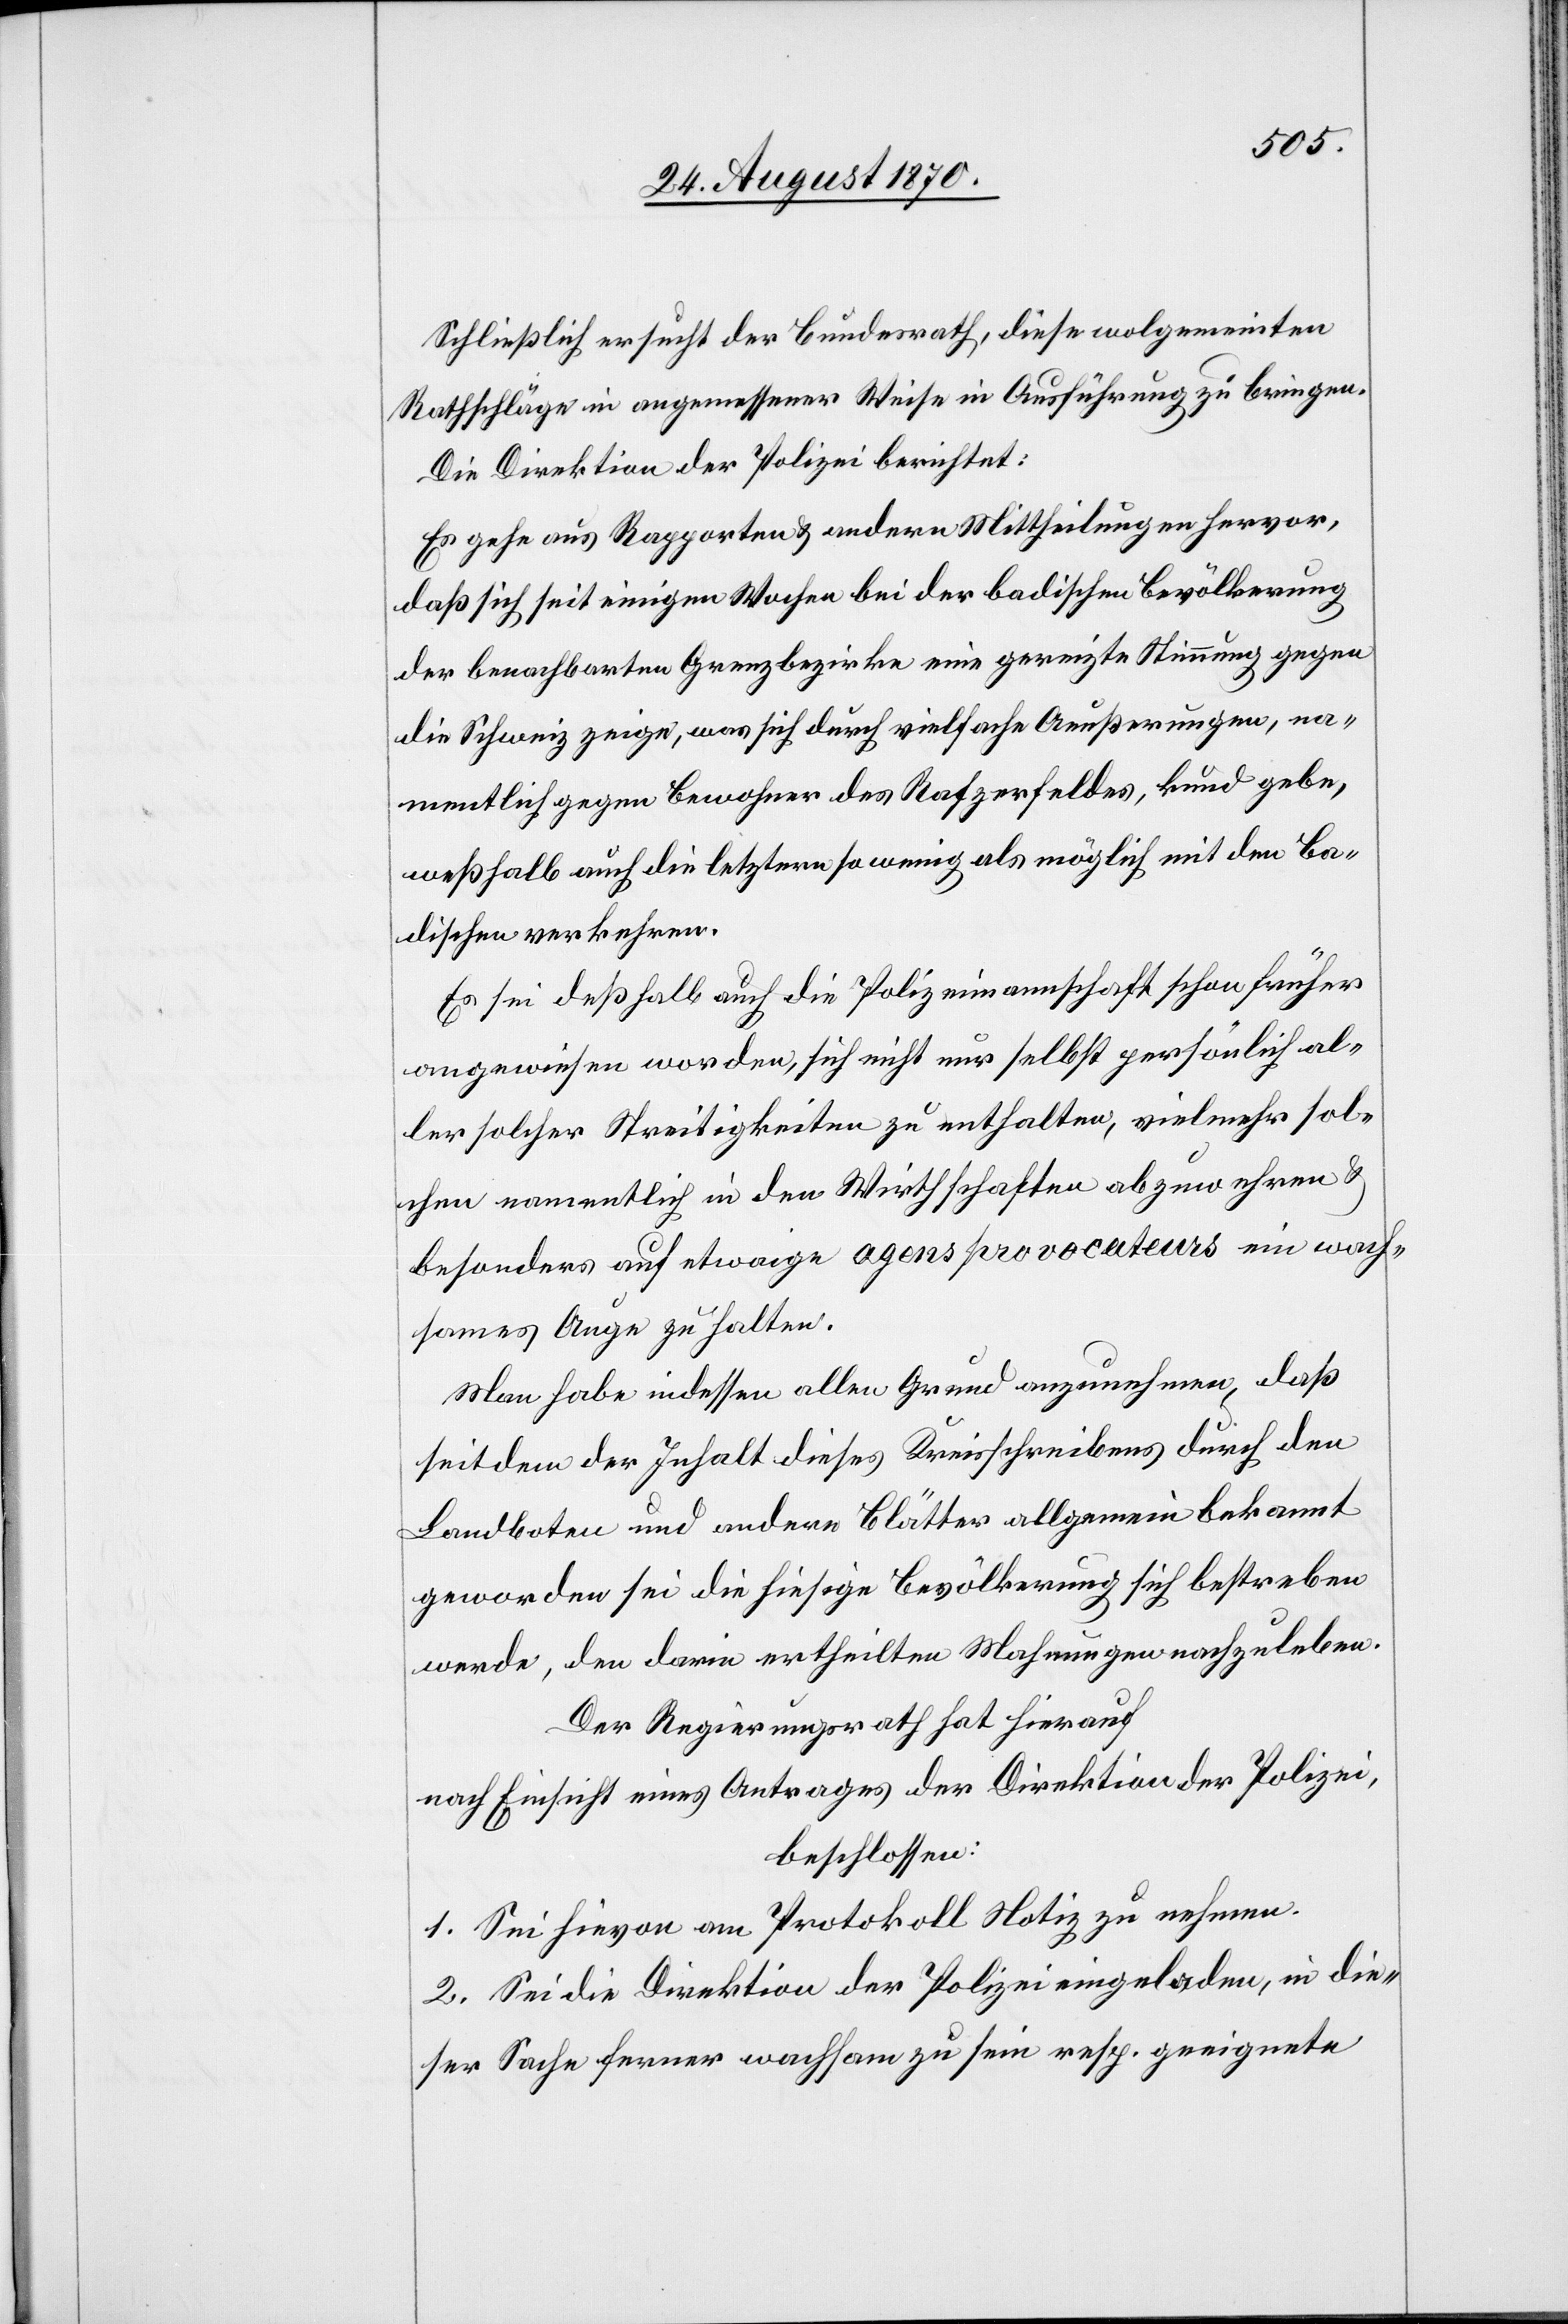
Schließlich ersucht der Bundesrath, diese wolgemeinten
Rathschläge in angemessener Weise in Ausführung zu bringen.
Die Direktion der Polizei berichtet:
Es gehe aus Rapporten & andern Mittheilungen hervor,
daß sich seit einigen Wochen bei der badischen Bevölkerung
der benachbarten Grenzbezirke eine gereizte Stimmung gegen
die Schweiz zeige, was sich durch vielfache Aeußerungen, na¬
mentlich gegen Bewohner des Rafzerfeldes, kund gebe,
weßhalb auch die letzten so wenig als möglich mit den Ba¬
dischen verkehren.
Es sei deßhalb auch die Polizeimannschaft schon früher
angewiesen worden, sich nicht nur selbst persönlich al¬
ler solcher Streitigkeiten zu enthalten, vielmehr sol¬
chen namentlich in den Wirthschaften abzuwehren &
besonders auf etwaige agens provocateurs ein wach¬
sames Auge zu halten.
Man habe indessen allen Grund anzunehmen, das
seit dem der Inhalt dieses Kreisschreibens durch den
Landboten und andere Blätter allgemein bekannt
geworden sei die hiesige Bevölkerung sich bestreben
werde, den darin ertheilten Mahnungen nachzuleben.
Der Regierungsrath hat hierauf
nach Einsicht eines Antrages der Direktion der Polizei,
beschlossen:
1. Sei hievon am Protokoll Notiz zu nehmen.
2. Sei die Direktion der Polizei eingeladen, in die¬
ser Sache ferner wachsam zu sein resp. geeignete